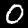
Label: 0